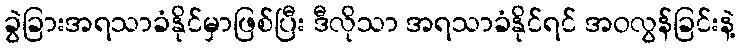
ခွဲခြားအရသာခံနိုင်မှာဖြစ်ပြီး ဒီလိုသာ အရသာခံနိုင်ရင် အဝလွန်ခြင်းနဲ့